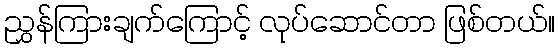
ညွှန်ကြားချက်ကြောင့် လုပ်ဆောင်တာ ဖြစ်တယ်။